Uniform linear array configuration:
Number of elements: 32
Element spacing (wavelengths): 0.5
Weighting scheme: binomial
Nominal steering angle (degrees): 45
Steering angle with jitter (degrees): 46.66
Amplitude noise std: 0.05
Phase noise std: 0.05

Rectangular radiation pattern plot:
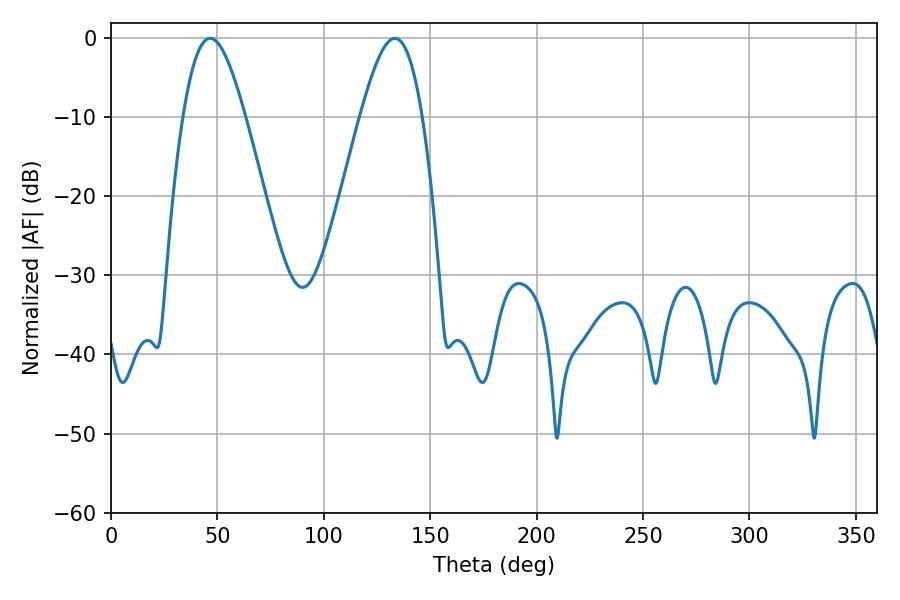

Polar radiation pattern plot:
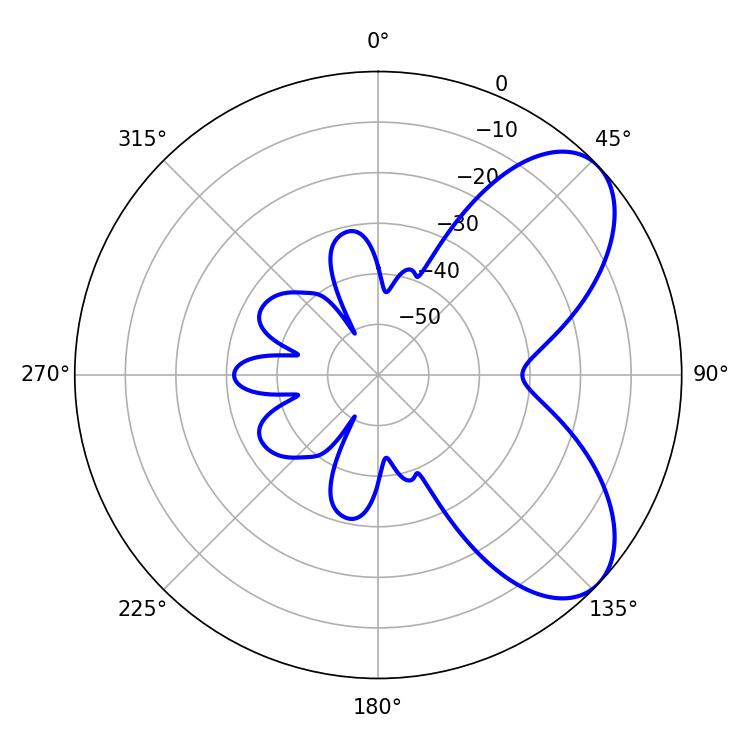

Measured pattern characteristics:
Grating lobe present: FALSE
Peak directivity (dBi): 6.579
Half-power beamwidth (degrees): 15.66
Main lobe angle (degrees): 46.62